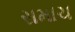
સમાચ